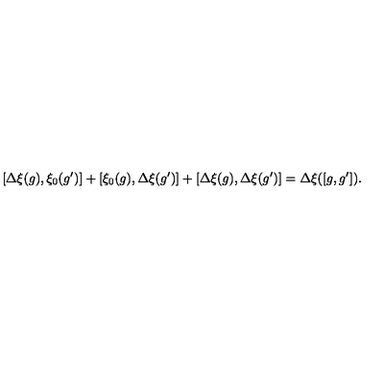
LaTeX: [ \Delta \xi ( g ) , \xi _ { 0 } ( g ^ { \prime } ) ] + [ \xi _ { 0 } ( g ) , \Delta \xi ( g ^ { \prime } ) ] + [ \Delta \xi ( g ) , \Delta \xi ( g ^ { \prime } ) ] = \Delta \xi ( [ g , g ^ { \prime } ] ) .